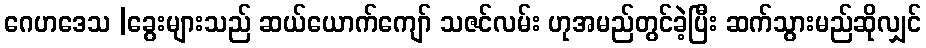
ဂေဟဒေသ |ခွေးများသည် ဆယ်ယောက်ကျော် သဇင်လမ်း ဟုအမည်တွင်ခဲ့ပြီး ဆက်သွားမည်ဆိုလျှင်